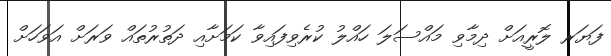
ފަޔަރ ލޮރީއަށް ދިމާވި މައްސަލަ ހައްލު ކުރެވިފައިވާ ކަމަށާއި ދަތުރުތައް ވަރަށް އަވަހަށް